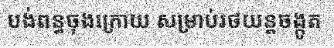
បង់ពន្ធចុងក្រោយ សម្រាប់រថយន្តចង្កូត